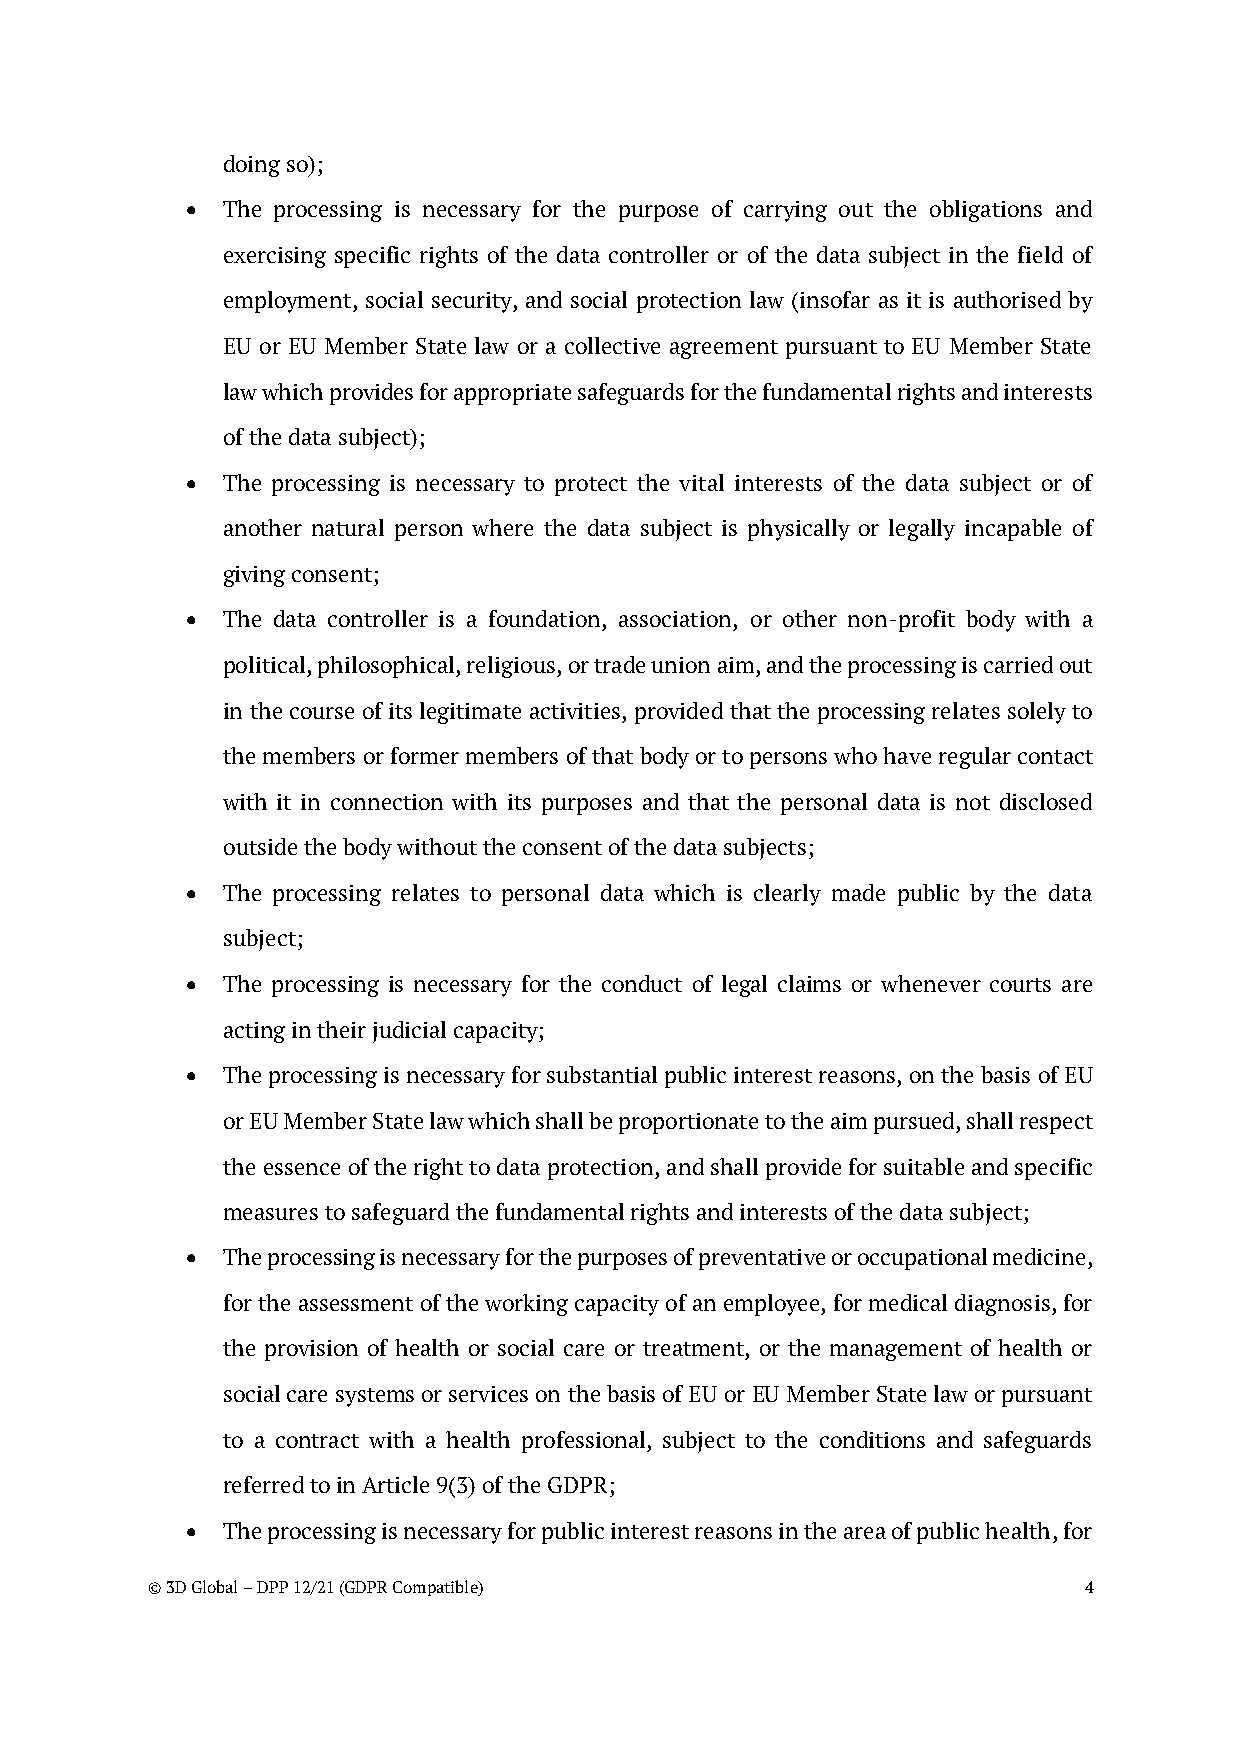
doing so);
 •  The processing is necessary for the purpose of carrying out the obligations and
 exercising specific rights of the data controller or of the data subject in the field of
 employment, social security, and social protection law (insofar as it is authorised by
 EU or EU Member State law or a collective agreement pursuant to EU Member State
 law which provides for appropriate safeguards for the fundamental rights and interests
 of the data subject);
 •  The processing is necessary to protect the vital interests of the data subject or of
 another natural person where the data subject is physically or legally incapable of
 giving consent;
 •  The data controller is a foundation, association, or other non-profit body with a
 political, philosophical, religious, or trade union aim, and the processing is carried out
 in the course of its legitimate activities, provided that the processing relates solely to
 the members or former members of that body or to persons who have regular contact
 with it in connection with its purposes and that the personal data is not disclosed
 outside the body without the consent of the data subjects;
 •  The processing relates to personal data which is clearly made public by the data
 subject;
 •  The processing is necessary for the conduct of legal claims or whenever courts are
 acting in their judicial capacity;
 •  The processing is necessary for substantial public interest reasons, on the basis of EU
 or EU Member State law which shall be proportionate to the aim pursued, shall respect
 the essence of the right to data protection, and shall provide for suitable and specific
 measures to safeguard the fundamental rights and interests of the data subject;
 •  The processing is necessary for the purposes of preventative or occupational medicine,
 for the assessment of the working capacity of an employee, for medical diagnosis, for
 the provision of health or social care or treatment, or the management of health or
 social care systems or services on the basis of EU or EU Member State law or pursuant
 to a contract with a health professional, subject to the conditions and safeguards
 referred to in Article 9(3) of the GDPR;
 •  The processing is necessary for public interest reasons in the area of public health, for
 © 3D Global – DPP 12/21 (GDPR Compatible)                     4